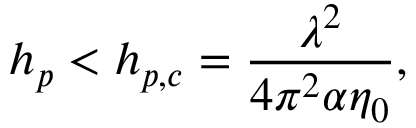
h _ { p } < h _ { p , c } = \frac { \lambda ^ { 2 } } { 4 \pi ^ { 2 } \alpha \eta _ { 0 } } ,